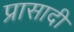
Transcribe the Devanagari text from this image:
प्रासादी